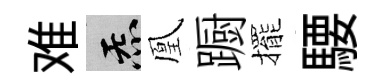
难炁凰蹰擺騕